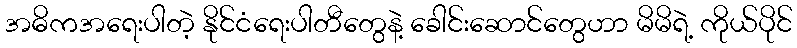
အဓိကအရေးပါတဲ့ နိုင်ငံရေးပါတီတွေနဲ့ ခေါင်းဆောင်တွေဟာ မိမိရဲ့ ကိုယ်ပိုင်